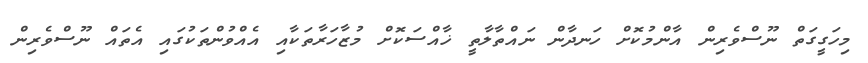
މިހަގީގަތް ނޫސްވެރިން އާންމުކޮށް ހަނދާން ނައްތާލާތީ ޚާއްސަކޮށް މުޒާހަރާތަކާއި އެއްވުންތަކުގައި އެތައް ނޫސްވެރިން